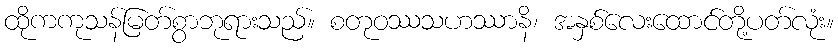
ထိုကကုသန်မြတ်စွာဘုရားသည်။ စတုဝဿသဟဿာနိ၊ အနှစ်လေးထောင်တို့ပတ်လုံး။